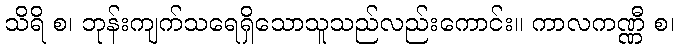
သိရိ စ၊ ဘုန်းကျက်သရေရှိသောသူသည်လည်းကောင်း။ ကာလကဏ္ဏီ စ၊